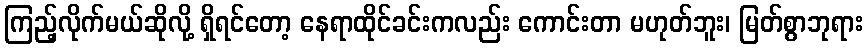
ကြည့်လိုက်မယ်ဆိုလို့ ရှိရင်တော့ နေရာထိုင်ခင်းကလည်း ကောင်းတာ မဟုတ်ဘူး၊ မြတ်စွာဘုရား